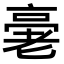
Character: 𠅸